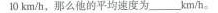
10km/n，那么他的平均速度为___km/h。